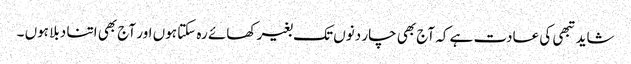
شاید تبھی کی عادت ہے کہ آج بھی چار دنوں تک بغیر کھائے رہ سکتا ہوں اور آج بھی اتنا دبلا ہوں ۔